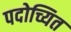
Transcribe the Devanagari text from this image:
पदोच्यित